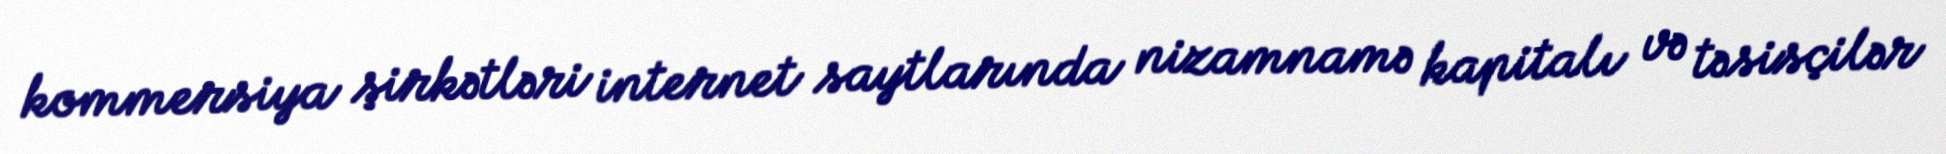
kommersiya şirkətləri internet saytlarında nizamnamə kapitalı və təsisçilər